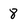
Character: 8